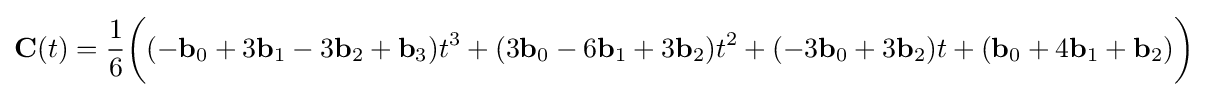
\mathbf {C} (t)={\frac {1}{6}}{\biggl (}(-\mathbf {b} _{0}+3\mathbf {b} _{1}-3\mathbf {b} _{2}+\mathbf {b} _{3})t^{3}+(3\mathbf {b} _{0}-6\mathbf {b} _{1}+3\mathbf {b} _{2})t^{2}+(-3\mathbf {b} _{0}+3\mathbf {b} _{2})t+(\mathbf {b} _{0}+4\mathbf {b} _{1}+\mathbf {b} _{2}){\biggr )}